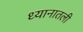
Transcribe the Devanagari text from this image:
ध्यानातली